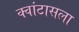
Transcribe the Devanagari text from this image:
क्वांटासला